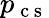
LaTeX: p_{\mathrm{~c~s~}}